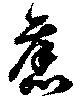
舊